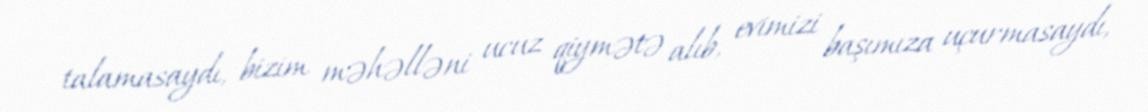
talamasaydı, bizim məhəlləni ucuz qiymətə alıb, evimizi başımıza uçurmasaydı,